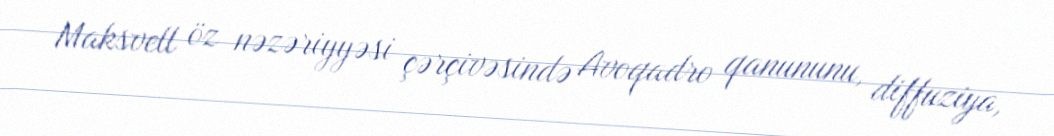
Maksvell öz nəzəriyyəsi çərçivəsində Avoqadro qanununu, diffuziya,